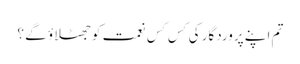
تم اپنے پروردگار کی کِس کِس نعمت کوجھٹلاؤ گے ؟